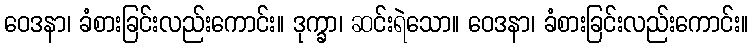
ဝေဒနာ၊ ခံစားခြင်းလည်းကောင်း။ ဒုက္ခာ၊ ဆင်းရဲသော။ ဝေဒနာ၊ ခံစားခြင်းလည်းကောင်း။